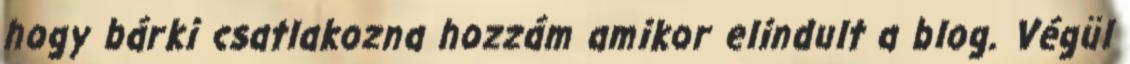
hogy bárki csatlakozna hozzám amikor elindult a blog. Végül